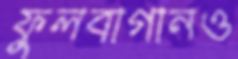
ফুলবাগানও